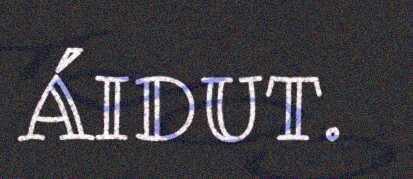
ÁIDUT.